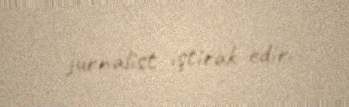
jurnalist iştirak edir.